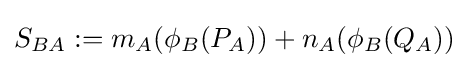
S_{BA}:=m_{A}(\phi _{B}(P_{A}))+n_{A}(\phi _{B}(Q_{A}))